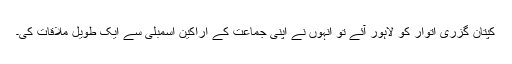
کپتان گزری اتوار کو لاہور آئے تو انہوں نے اپنی جماعت کے اراکین اسمبلی سے ایک طویل ملاقات کی۔